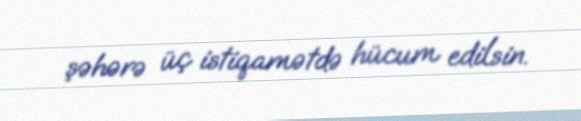
şəhərə üç istiqamətdə hücum edilsin.